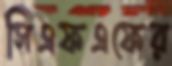
সিএফএফের